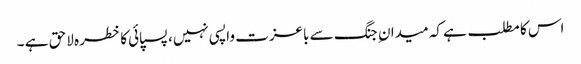
اس کا مطلب ہے کہ میدان ِ جنگ سے باعزت واپسی نہیں، پسپائی کا خطرہ لاحق ہے ۔